Report on sanitation, dispensaries, and jails in Rajputana for 1921, and on vaccination for the year 1921-1922 - 1921-1922
Year: 1921
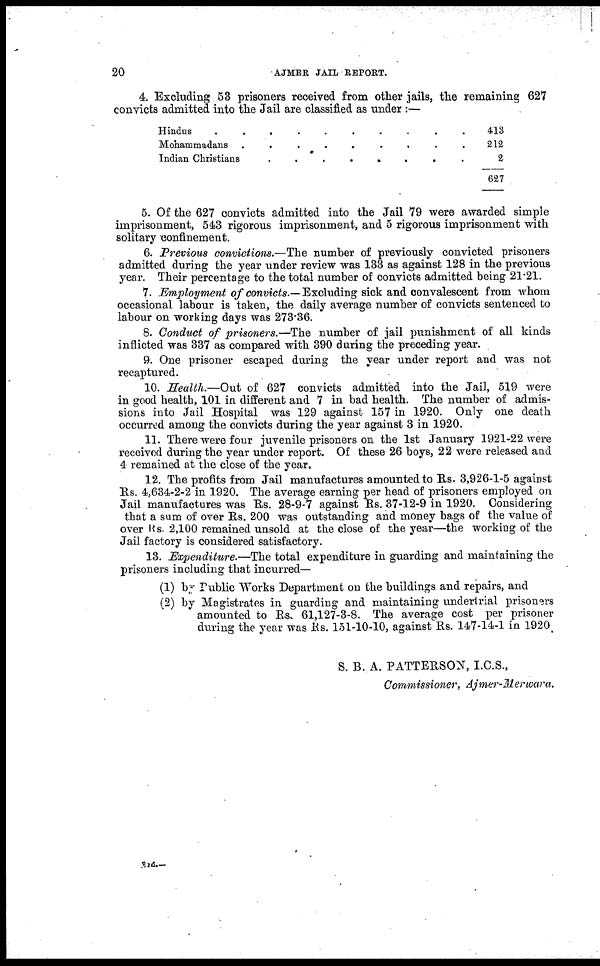
20
AJMER JAIL REPORT.
4. Excluding 53 prisoners received from other jails, the remaining 627
convicts admitted into the Jail are classified as under :—
Hindus..........
Mohammadans..........
Indian
Christians........
413
212
2
627
5. Of the 627 convicts admitted into the Jail 79 were awarded simple
imprisonment, 543 rigorous imprisonment, and 5 rigorous imprisonment with
solitary confinement.
6. Previous convictions.—The number of previously convicted prisoners
admitted during the year under review was 133 as against 128 in the previous
year. Their percentage to the total number of convicts admitted being 21.21.
7. Employment of convicts.— Excluding sick and convalescent from whom
occasional labour is taken, the daily average number of convicts sentenced to
labour on working days was 273.36.
8. Conduct of prisoners.—The number of jail punishment of all kinds
inflicted was 337 as compared with 390 during the preceding year.
9. One prisoner escaped during the year under report and was not
recaptured.
10. Health.—Out of 627 convicts admitted into the Jail, 519 were
in good health, 101 in different and 7 in bad health. The number of admis-
sions into Jail Hospital was 129 against 157 in 1920. Only one death
occurred among the convicts during the year against 3 in 1920.
11. There were four juvenile prisoners on the 1st January 1921-22 were
received during the year under report. Of these 26 boys, 22 were released and
4 remained at the close of the year.
12. The profits from Jail manufactures amounted to Rs. 3,926-1-5 against
Rs. 4,634-2-2 in 1920. The average earning per head of prisoners employed on
Jail manufactures was Rs. 28-9-7 against Rs. 37-12-9 in 1920. Considering
that a sum of over Rs. 200 was outstanding and money bags of the value of
over Rs. 2,100 remained unsold at the close of the year—the working of the
Jail factory is considered satisfactory.
13. Expenditure.—The total expenditure in guarding and maintaining the
prisoners including that incurred—
(1) by Public Works Department on the buildings and repairs, and
(2) by Magistrates in guarding and maintaining underlrial prisoners
amounted to Rs. 61,127-3-8. The average cost per prisoner
during the year was Rs. 151-10-10, against Rs. 147-14-1 in 1920.
S. B. A. PATTERSON, I.C.S.,
Commissioner, Ajmer-Merwara.
2id.